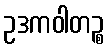
ဥဒကဝါတဉ္စ